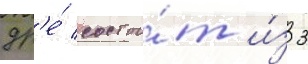
др'е́ состои́т и́з 3